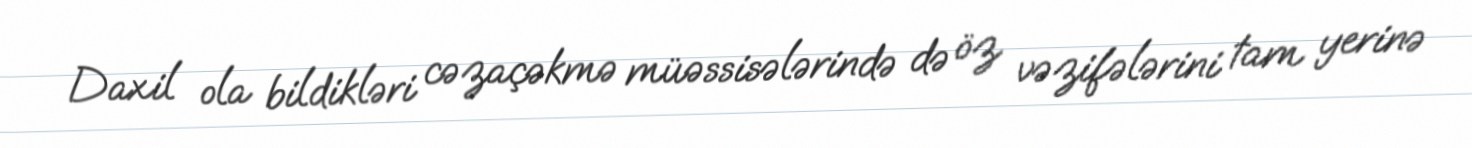
Daxil ola bildikləri cəzaçəkmə müəssisələrində də öz vəzifələrini tam yerinə